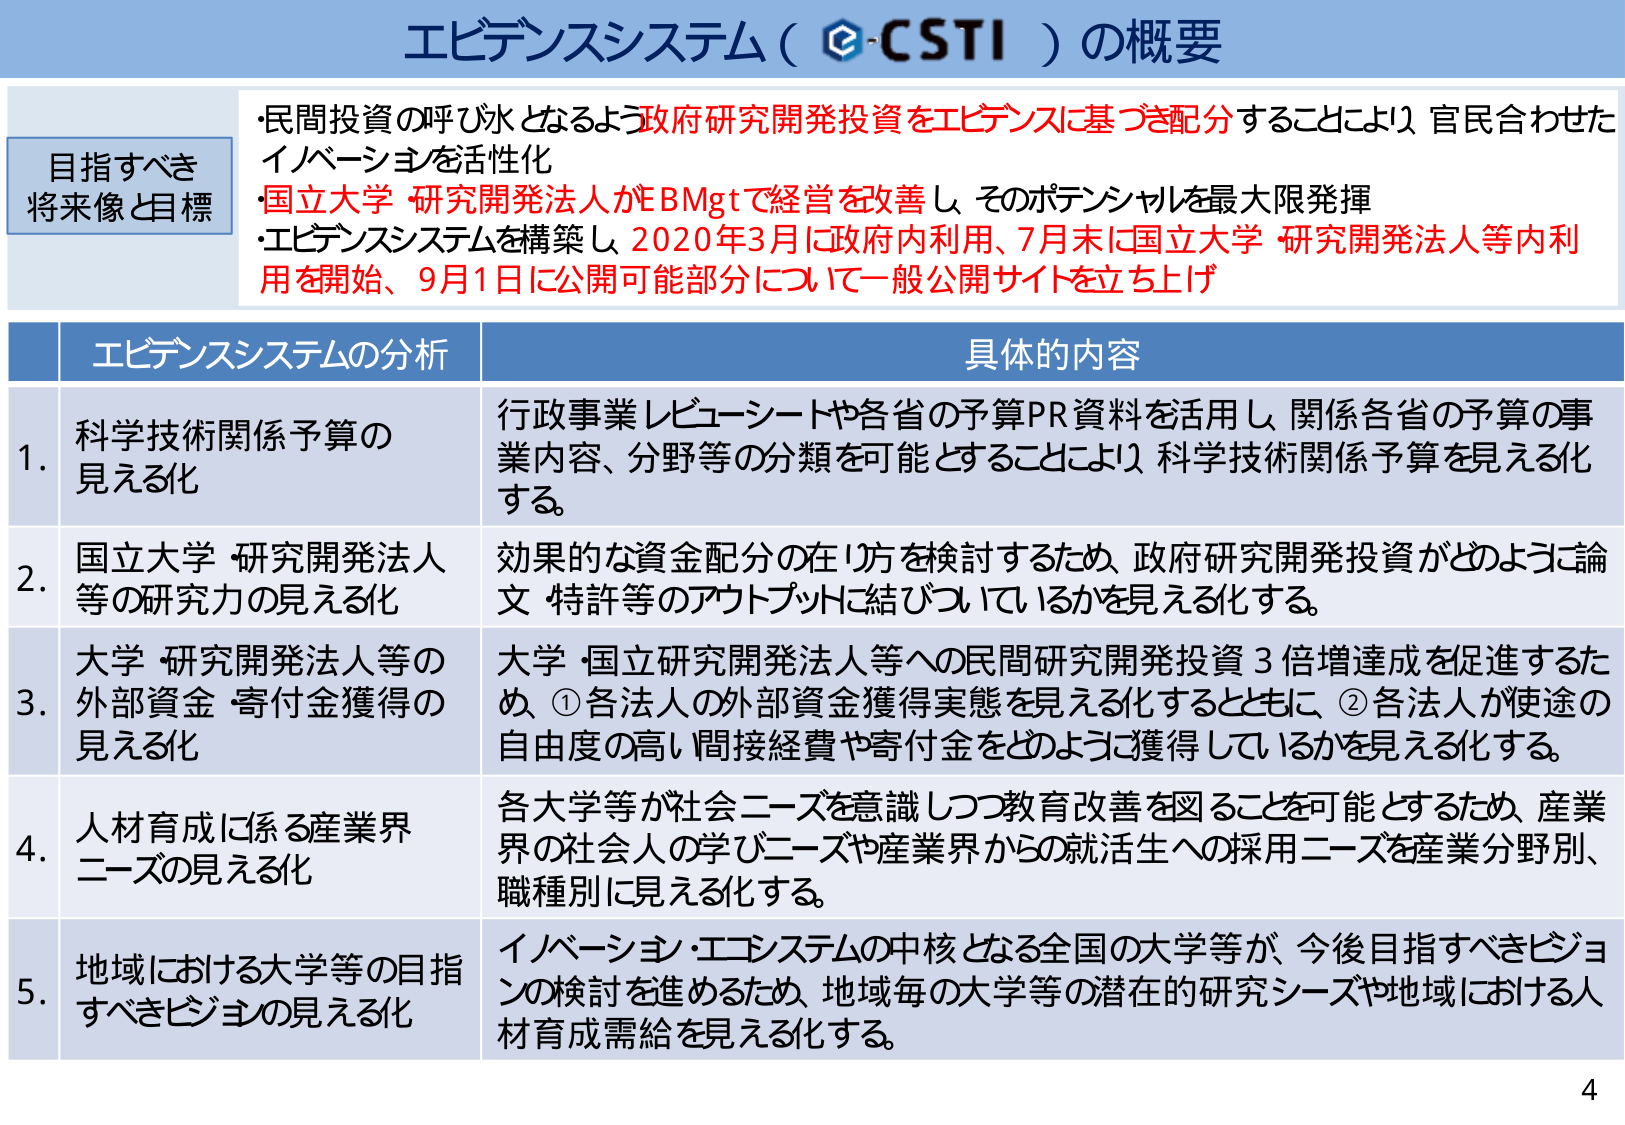
エビデンスシステム（e-CSTI）の概要

目指すべき
将来像と目標
・民間投資の呼び水となるよう政府研究開発投資をエビデンスに基づき配分することにより、官民合わせたイノベーションを活性化
・国立大学・研究開発法人がEBMgtで経営を改善し、そのポテンシャルを最大限発揮
・エビデンスシステムを構築し、2020年3月に政府内利用、7月末に国立大学・研究開発法人等内利用を開始、9月1日に公開可能部分について一般公開サイトを立ち上げ

エビデンスシステムの分析　具体的な内容

1. 科学技術関係予算の見える化
行政事業レビューーサイトや各省の予算PR資料を活用し、関係各省の予算の事業内容、分野等の分類を可能とすることにより、科学技術関係予算を見える化する。

2. 国立大学・研究開発法人等の研究力の見える化
効果的な資金配分の在り方を検討するため、政府研究開発投資がどのように論文・特許等のアウトプットに結びついているかを見える化する。

3. 大学・研究開発法人等の外部資金・寄付金獲得の見える化
大学・国立研究開発法人等への民間研究開発投資3倍増達成を促進するため、①各法人の外部資金獲得実態を見える化するとともに、②各法人が使途の自由度の高い間接経費や寄付金をどのように獲得しているかを見える化する。

4. 人材育成に係る産業界ニーズの見える化
各大学等が社会ニーズを意識しつつ教育改善を図ることを可能とするため、産業界の社会人の学びニーズや産業界からの就活生への採用ニーズを産業分野別、職種別に見える化する。

5. 地域における大学等の目指すべきビジョンの見える化
イノベーション・エコシステムの中核となる全国の大学等が、今後目指すべきビジョンの検討を進めるため、地域毎の大学等の潜在的研究シーズや地域における人材育成需給を見える化する。

4